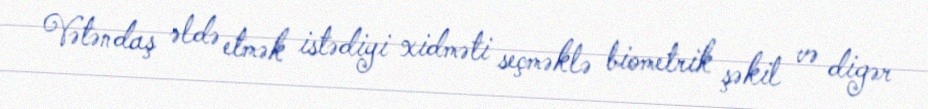
Vətəndaş əldə etmək istədiyi xidməti seçməklə biometrik şəkil və digər